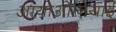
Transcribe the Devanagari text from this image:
आयोओनियाई